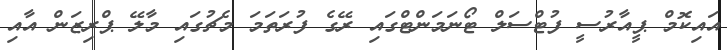
އައިކޮމް ޕީއާރުސީ ފުޓްސަލް ޓޯނަމަންޓްގައި ރޭގެ ފުރަތަމަ މެޗުގައި މާލޭ ޕްރިޒަން އާއި